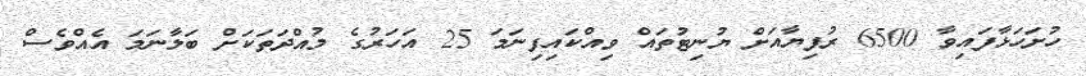
ހުށަހަޅާފައިވާ 6500 ރުފިޔާއަށް ޔުނިޓުތައް ވިއްކައިފިނަމަ 25 އަހަރުގެ މުއްދަތަކަށް ބަލާނަމަ އެއްވެސް